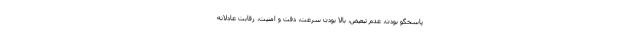
پاسخگو بودن، عدم تبعیض، بالا بودن سرعت، دقت و امنیت، رقابت عادلانه